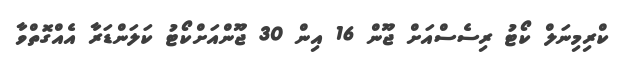
ކްރިމިނަލް ކޯޓު ރިސެސްއަށް ޖޫން 16 އިން 30 ޖޫންއަށްކޯޓު ކަލަންޑަރާ އެއްގޮތްވާ